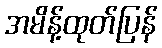
အမိန့်ထုတ်ပြန်